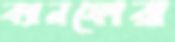
ক্যানফোরা